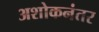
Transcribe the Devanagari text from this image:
अशोकनंतर